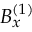
B _ { x } ^ { ( 1 ) }